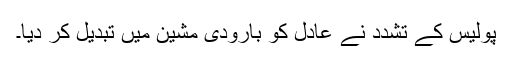
پولیس کے تشدد نے عادل کو بارودی مشین میں تبدیل کر دیا۔